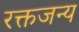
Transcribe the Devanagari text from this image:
रक्तजन्य